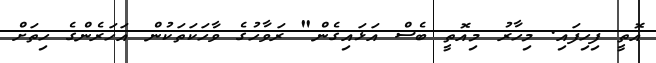
އޮތީ ފިހިފައި. މިހާރު މިއޮތީ ބެސް އަޅައިގެން" ރަވާހުގެ ވާހަކަތަކުން އަހަރެންގެ ހިތަށް